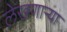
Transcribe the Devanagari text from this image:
लेखणाऱ्या